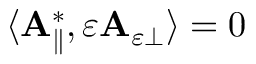
\begin{array} { r } { \langle \mathbf { A } _ { \parallel } ^ { * } , \varepsilon \mathbf { A } _ { \varepsilon \perp } \rangle = 0 } \end{array}